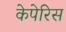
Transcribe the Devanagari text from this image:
केपेरिस